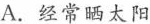
A.经常晒太阳